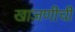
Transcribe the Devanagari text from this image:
खाजणीची